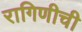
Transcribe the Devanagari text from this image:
रागिणीची